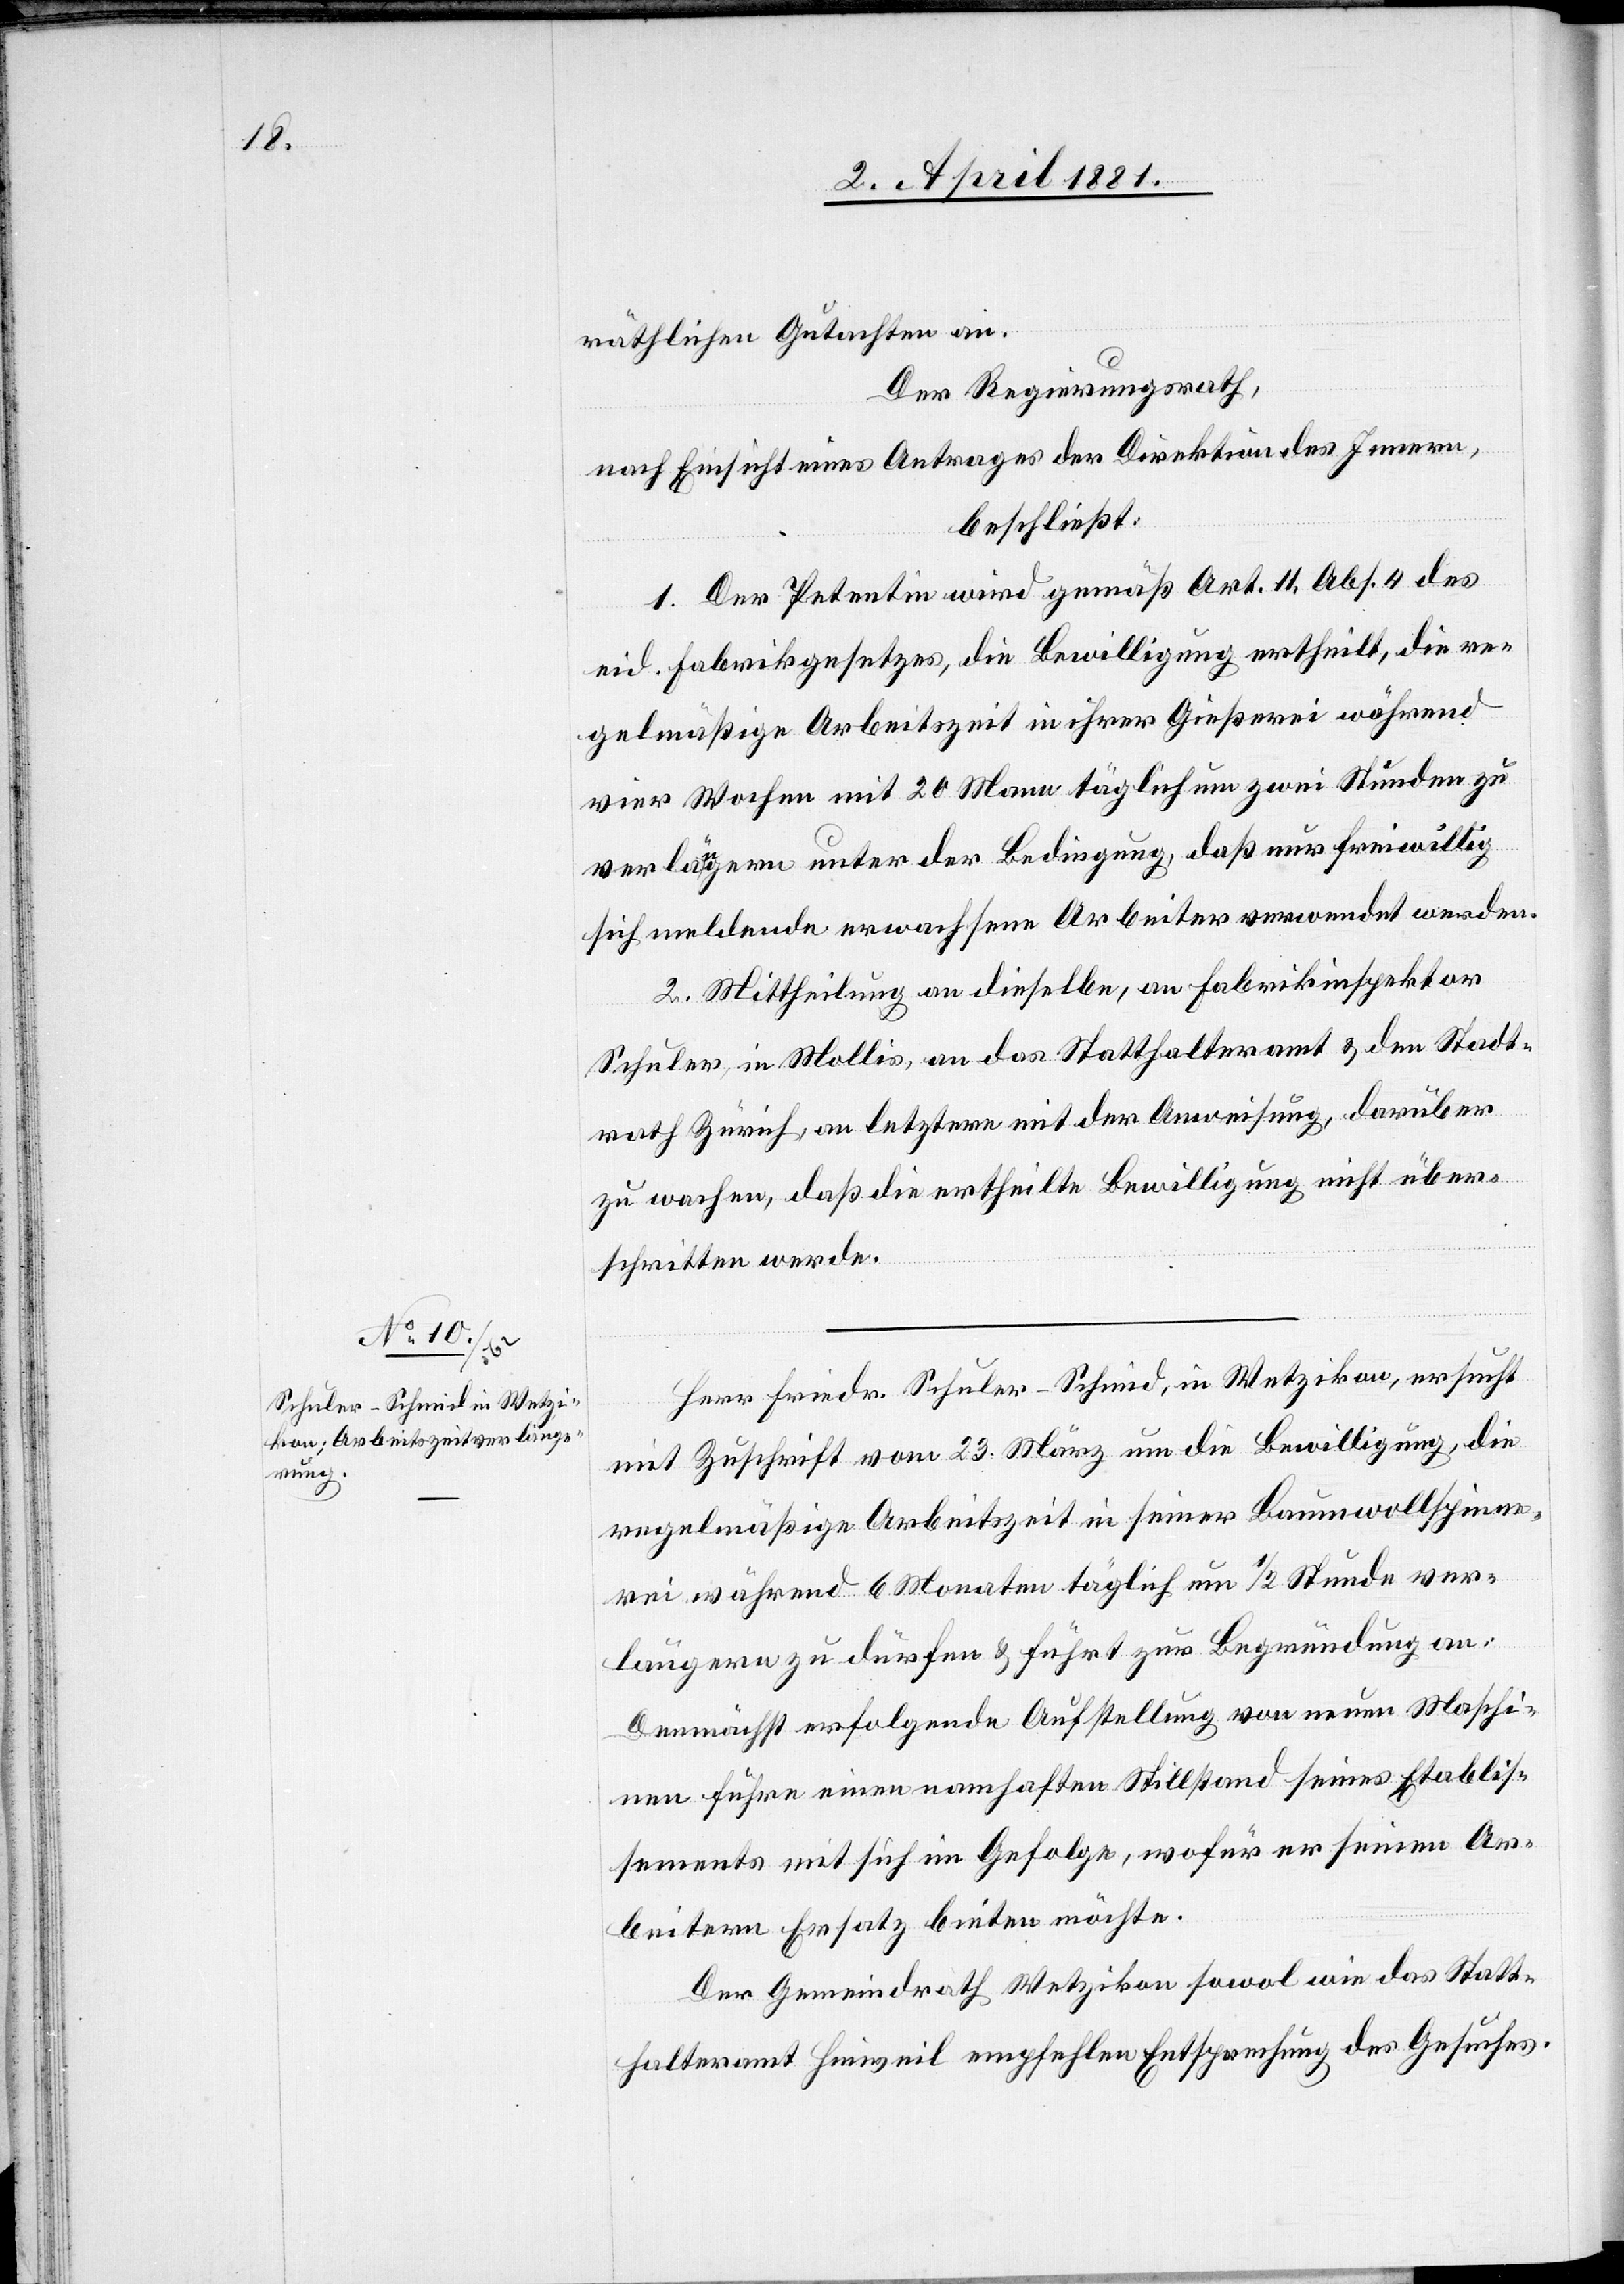
räthlichen Gutachten an.
Der Regierungsrath,
nach Einsicht eines Antrages der Direktion des Innern,
beschließt:
1. Der Petentin wird gemäß Art. 11, Abs. 4 des
eid. Fabrikgesetzes, die Bewilligung ertheilt, die re¬
gelmäßige Arbeitszeit in ihrer Gießerei während
vier Wochen mit 20 Mann täglich um zwei Stunden zu
verlängern unter der Bedingung, daß nur freiwillig
sich meldende erwachsene Arbeiter verwendet werden.
2. Mittheilung an dieselbe, an Fabrikinspektor
Schuler, in Mollis, an das Statthalteramt & den Stadt¬
rath Zürich, an letztere mit der Anweisung, darüber
zu wachen, daß die ertheilte Bewilligung nicht über¬
schritten werde.
Herr Friedr. Schuler-Schmid, in Wetzikon ersucht
mit Zuschrift vom 23. März um die Bewilligung, die
regelmäßige Arbeitszeit in seiner Baumwollspinne¬
rei während 6 Monaten täglich um 1/2 Stunde ver¬
längern zu dürfen & führt zur Begründung an:
Demnächst erfolgende Aufstellung von neuen Maschi¬
nen führe einen namhaften Stillstand seines Etablis¬
sements mit sich in Gefolge, wofür er seinen Ar¬
beitern Ersatz bieten möchte.
Der Gemeindrath Wetzikon sowol wie das Statt¬
halteramt Hinweil empfehlen Entsprechung des Gesuches.